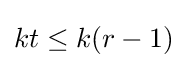
kt\leq k(r-1)